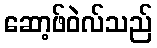
ဆော့ဖ်ဝဲလ်သည်